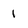
Character: 1